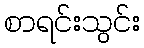
စာရင်းသွင်း